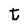
Character: t